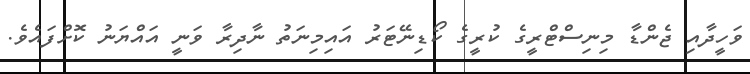
ވަހީދާއި ޖެންޑާ މިނިސްޓްރީގެ ކުރީގެ ކޯޑިނޭޓަރު އައިމިނަތު ނާދިރާ ވަނީ އައްޔަނު ކޮށްފައެވެ.